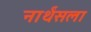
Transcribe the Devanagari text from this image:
नार्थंसला